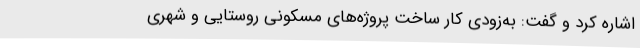
اشاره کرد و گفت: به‌زودی کار ساخت پروژه‌های مسکونی روستایی و شهری